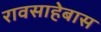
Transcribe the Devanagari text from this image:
रावसाहेबास